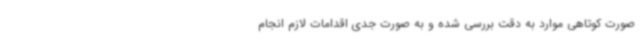
صورت کوتاهی موارد به دقت بررسی شده و به صورت جدی اقدامات لازم انجام